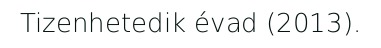
Tizenhetedik évad (2013).